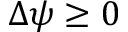
\Delta \psi \ge 0